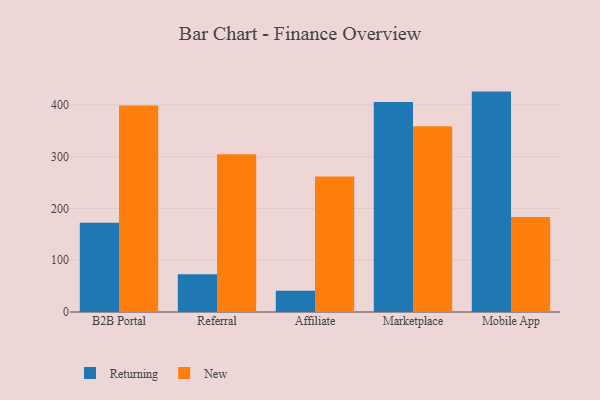
{"axis": {"x": "Channel", "y": "Active Users"}, "legend": ["New", "Returning"], "data": [{"x": "B2B Portal", "y": 172.2, "type": "Returning"}, {"x": "B2B Portal", "y": 398.7, "type": "New"}, {"x": "Referral", "y": 72.9, "type": "Returning"}, {"x": "Referral", "y": 304.6, "type": "New"}, {"x": "Affiliate", "y": 40.9, "type": "Returning"}, {"x": "Affiliate", "y": 261.8, "type": "New"}, {"x": "Marketplace", "y": 405.5, "type": "Returning"}, {"x": "Marketplace", "y": 358.6, "type": "New"}, {"x": "Mobile App", "y": 425.7, "type": "Returning"}, {"x": "Mobile App", "y": 183.3, "type": "New"}]}